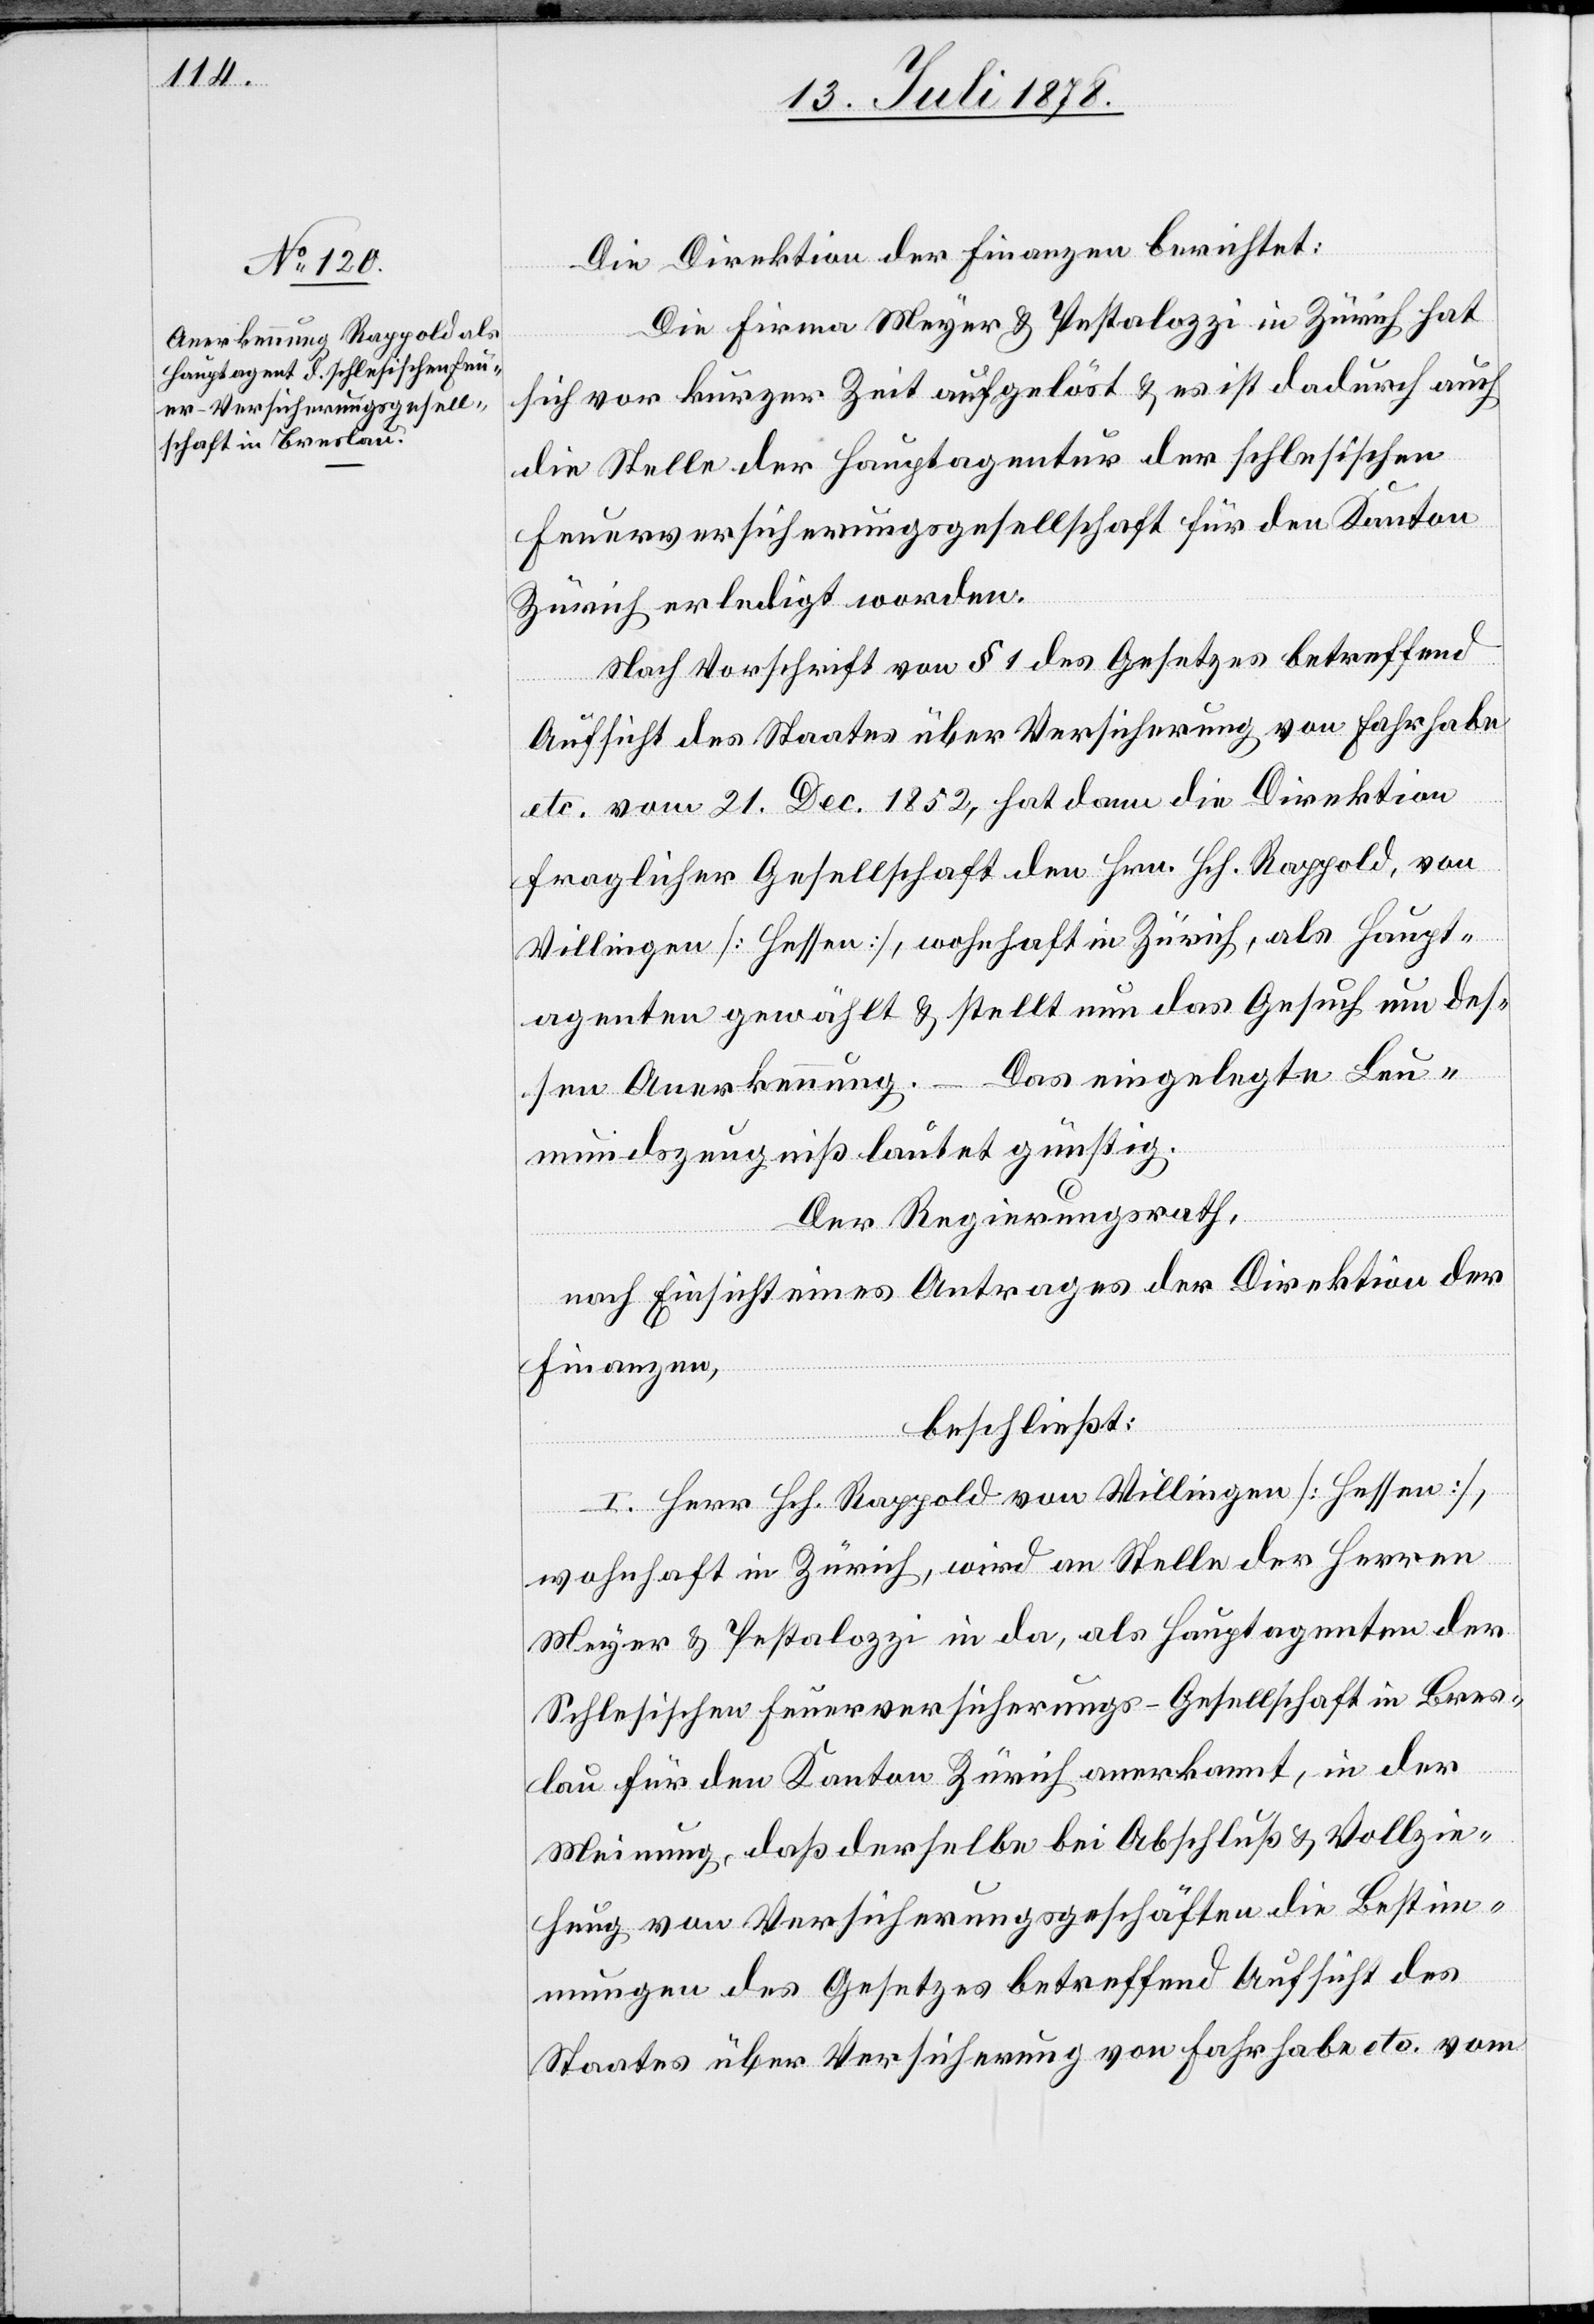
Die Direktion der Finanzen berichtet:
Die Firma Meyer & Pestalozzi in Zürich hat
sich vor kurzer Zeit aufgelöst & es ist dadurch auch
die Stelle der Hauptagentur der schlesischen
Feuerversicherungsgesellschaft für den Kanton
Zürich erledigt worden.
Nach Vorschrift von § 1 des Gesetzes betreffend
Aufsicht des Staates über Versicherung von Fahrhabe
etc. vom 21. Dec. 1852, hat dann die Direktion
fraglicher Gesellschaft den Hrn. Hch. Rappold, von
Villingen [Hessen], wohnhaft in Zürich, als Haupt¬
agenten gewählt & stellt nun das Gesuch um des¬
sen Anerkennung. – Das eingelegte Leu¬
mundszeugniß lautet günstig.
Der Regierungsrath,
nach Einsicht eines Antrages der Direktion der
Finanzen,
beschließt:
I. Herr Hch. Rappold von Villingen [Hessen],
wohnhaft in Zürich, wird an Stelle der Herren
Meyer & Pestalozzi in da, als Hauptagenten der
Schlesischen Feuerversicherungs-Gesellschaft in Bres¬
lau für den Kanton Zürich anerkannt, in der
Meinung, daß derselbe bei Abschluß & Vollzie¬
hung von Versicherungsgeschäften die Bestim¬
mungen des Gesetzes betreffend Aufsicht des
Staates über Versicherung von Fahrhabe etc. vom